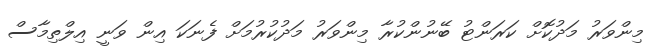
މިންވަރު މަދުކޮށް ކަރަންޓު ބޭނުންކުރާ މިންވަރު މަދުކުރުމަށް ފެނަކަ އިން ވަނީ އިލްތިމާސް